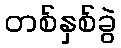
တစ်နှစ်ခွဲ